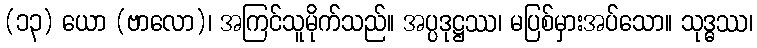
(၁၃) ယော (ဗာလော)၊ အကြင်သူမိုက်သည်။ အပ္ပဒုဋ္ဌဿ၊ မပြစ်မှားအပ်သော။ သုဒ္ဓဿ၊